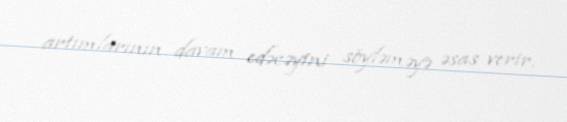
artımlarının davam edəcəyini söyləməyə əsas verir.